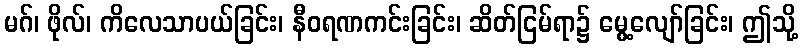
မဂ်၊ ဖိုလ်၊ ကိလေသာပယ်ခြင်း၊ နီဝရဏကင်းခြင်း၊ ဆိတ်ငြမ်ရာ၌ မွေ့လျော်ခြင်း၊ ဤသို့